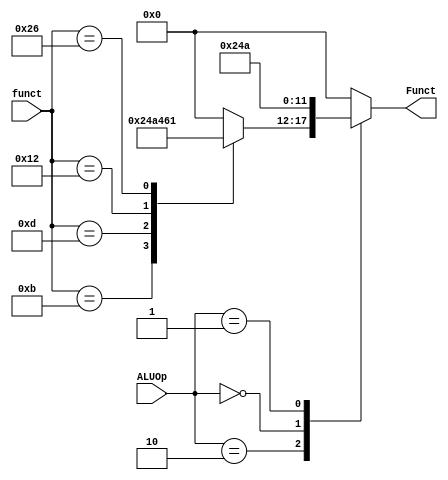
module ALU_Control(
	//outputs
output reg[5:0]Funct,
	//inputs
input  [5:0]funct,
input  [1:0]ALUOp
);

always@(*)
	case(ALUOp)
	2'b10:begin
		case(funct)
		6'b001011:Funct<=6'b001001; //addu
		6'b001101:Funct<=6'b001010; //subu
		6'b010010:Funct<=6'b010001; //and
		6'b100110:Funct<=6'b100001; //sll
		default:Funct<=0;
		endcase
		end
	2'b00:begin Funct<=6'b001001; end//addiu lw sw
	2'b01:begin Funct<=6'b001010; end//subiu
	default:Funct<=0;
	endcase

endmodule